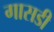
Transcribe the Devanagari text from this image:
गासडी